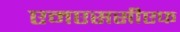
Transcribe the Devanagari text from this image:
एमएससीएफ